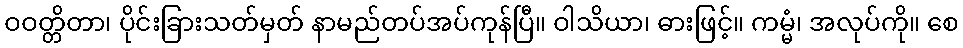
ဝဝတ္တိတာ၊ ပိုင်းခြားသတ်မှတ် နာမည်တပ်အပ်ကုန်ပြီ။ ဝါသိယာ၊ ဓားဖြင့်။ ကမ္မံ၊ အလုပ်ကို။ စေ